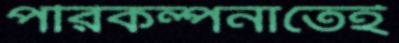
পরিকল্পনাতেই